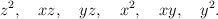
\begin{align*}z^2, \quad xz, \quad yz, \quad x^2, \quad xy, \quad y^2.\end{align*}